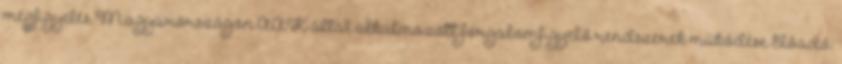
megfigyelés Magyarországon ÁAK által alkalmazott forgalomfigyelő rendszerek működése Előadó: